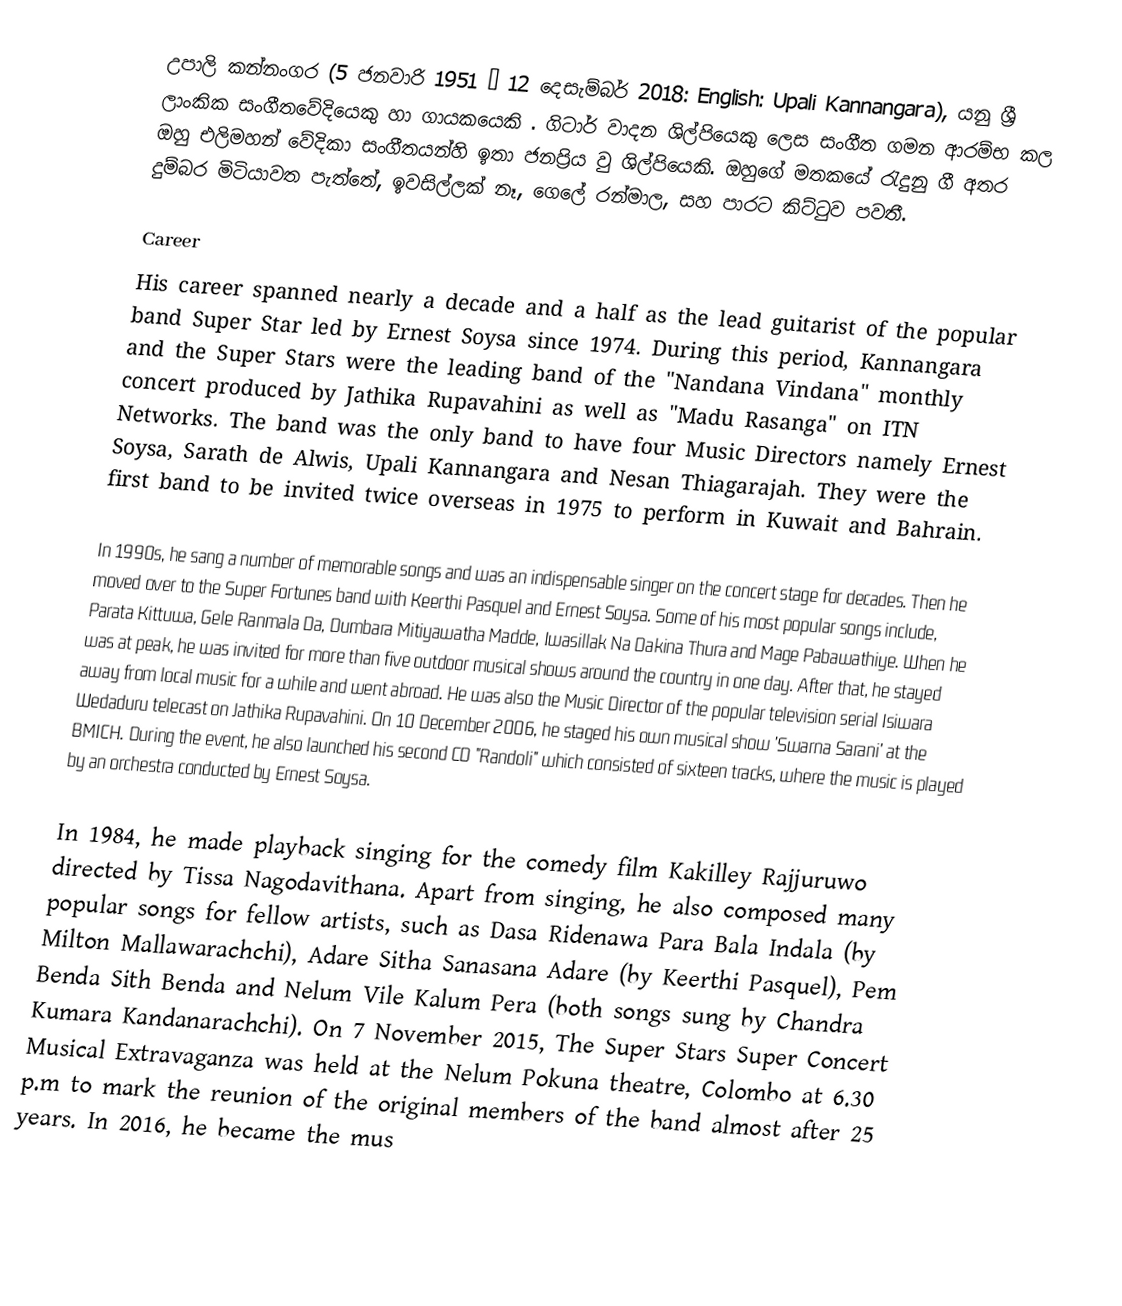
උපාලි කන්නංගර (5 ජනවාරි 1951 – 12 දෙසැම්බර් 2018: English: Upali Kannangara), යනු ශ්‍රී ලාංකික සංගීතවේදියෙකු හා ගායකයෙකි . ගිටාර් වාදන ශිල්පියෙකු ලෙස සංගීත ගමන ආරම්භ කල ඔහු එලිමහන් වේදිකා සංගීතයන්හි ඉතා ජනප්‍රිය වු ශිල්පියෙකි. ඔහුගේ මතකයේ රැදුනු ගී අතර දුම්බර මිටියාවත පැත්තේ, ඉවසිල්ලක් නෑ, ගෙලේ රන්මාල, සහ පාරට කිට්ටුව පවතී.

Career
His career spanned nearly a decade and a half as the lead guitarist of the popular band Super Star led by Ernest Soysa since 1974. During this period, Kannangara and the Super Stars were the leading band of the "Nandana Vindana" monthly concert produced by Jathika Rupavahini as well as "Madu Rasanga" on ITN Networks. The band was the only band to have four Music Directors namely Ernest Soysa, Sarath de Alwis, Upali Kannangara and Nesan Thiagarajah. They were the first band to be invited twice overseas in 1975 to perform in Kuwait and Bahrain.

In 1990s, he sang a number of memorable songs and was an indispensable singer on the concert stage for decades. Then he moved over to the Super Fortunes band with Keerthi Pasquel and Ernest Soysa. Some of his most popular songs include, Parata Kittuwa, Gele Ranmala Da, Dumbara Mitiyawatha Madde, Iwasillak Na Dakina Thura and Mage Pabawathiye. When he was at peak, he was invited for more than five outdoor musical shows around the country in one day. After that, he stayed away from local music for a while and went abroad. He was also the Music Director of the popular television serial Isiwara Wedaduru telecast on Jathika Rupavahini. On 10 December 2006, he staged his own musical show 'Swarna Sarani' at the BMICH. During the event, he also launched his second CD "Randoli" which consisted of sixteen tracks, where the music is played by an orchestra conducted by Ernest Soysa.

In 1984, he made playback singing for the comedy film Kakilley Rajjuruwo directed by Tissa Nagodavithana. Apart from singing, he also composed many popular songs for fellow artists, such as Dasa Ridenawa Para Bala Indala (by Milton Mallawarachchi), Adare Sitha Sanasana Adare (by Keerthi Pasquel), Pem Benda Sith Benda and Nelum Vile Kalum Pera (both songs sung by Chandra Kumara Kandanarachchi). On 7 November 2015, The Super Stars Super Concert Musical Extravaganza was held at the Nelum Pokuna theatre, Colombo at 6.30 p.m to mark the reunion of the original members of the band almost after 25 years. In 2016, he became the mus